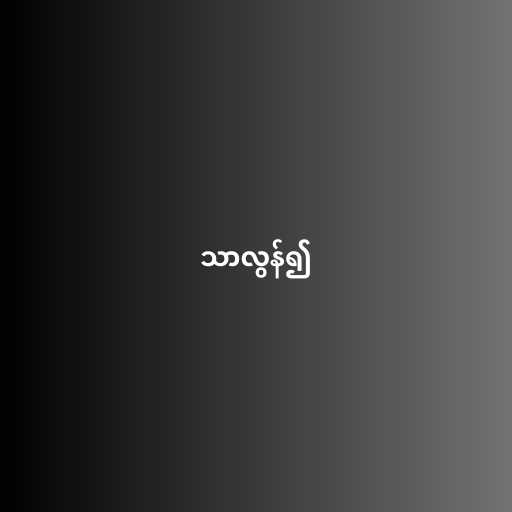
သာလွန်၍